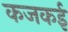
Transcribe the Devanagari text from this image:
कजकई